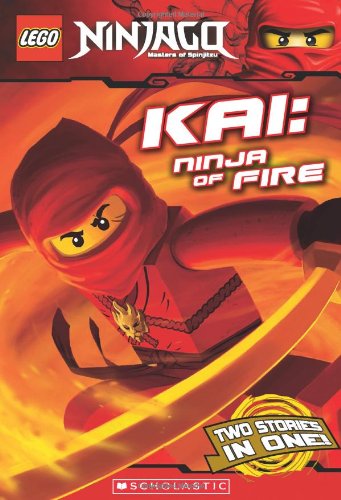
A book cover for LEGO Ninjago Chapter Book: Kai, Ninja of Fire; Scholastic; Children's Books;